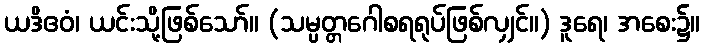
ယဒိဧဝံ၊ ယင်းသို့ဖြစ်သော်။ (သမ္ပတ္တဂေါစရရုပ်ဖြစ်လျှင်။) ဒူရေ၊ အစေး၌။